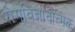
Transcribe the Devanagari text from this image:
रोगविज्ञानात्मक